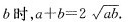
b$$时，$$a + b = 2 \sqrt { a b }$$.